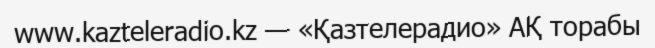
www.kazteleradio.kz — «Қазтелерадио» АҚ торабы